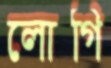
লোগি